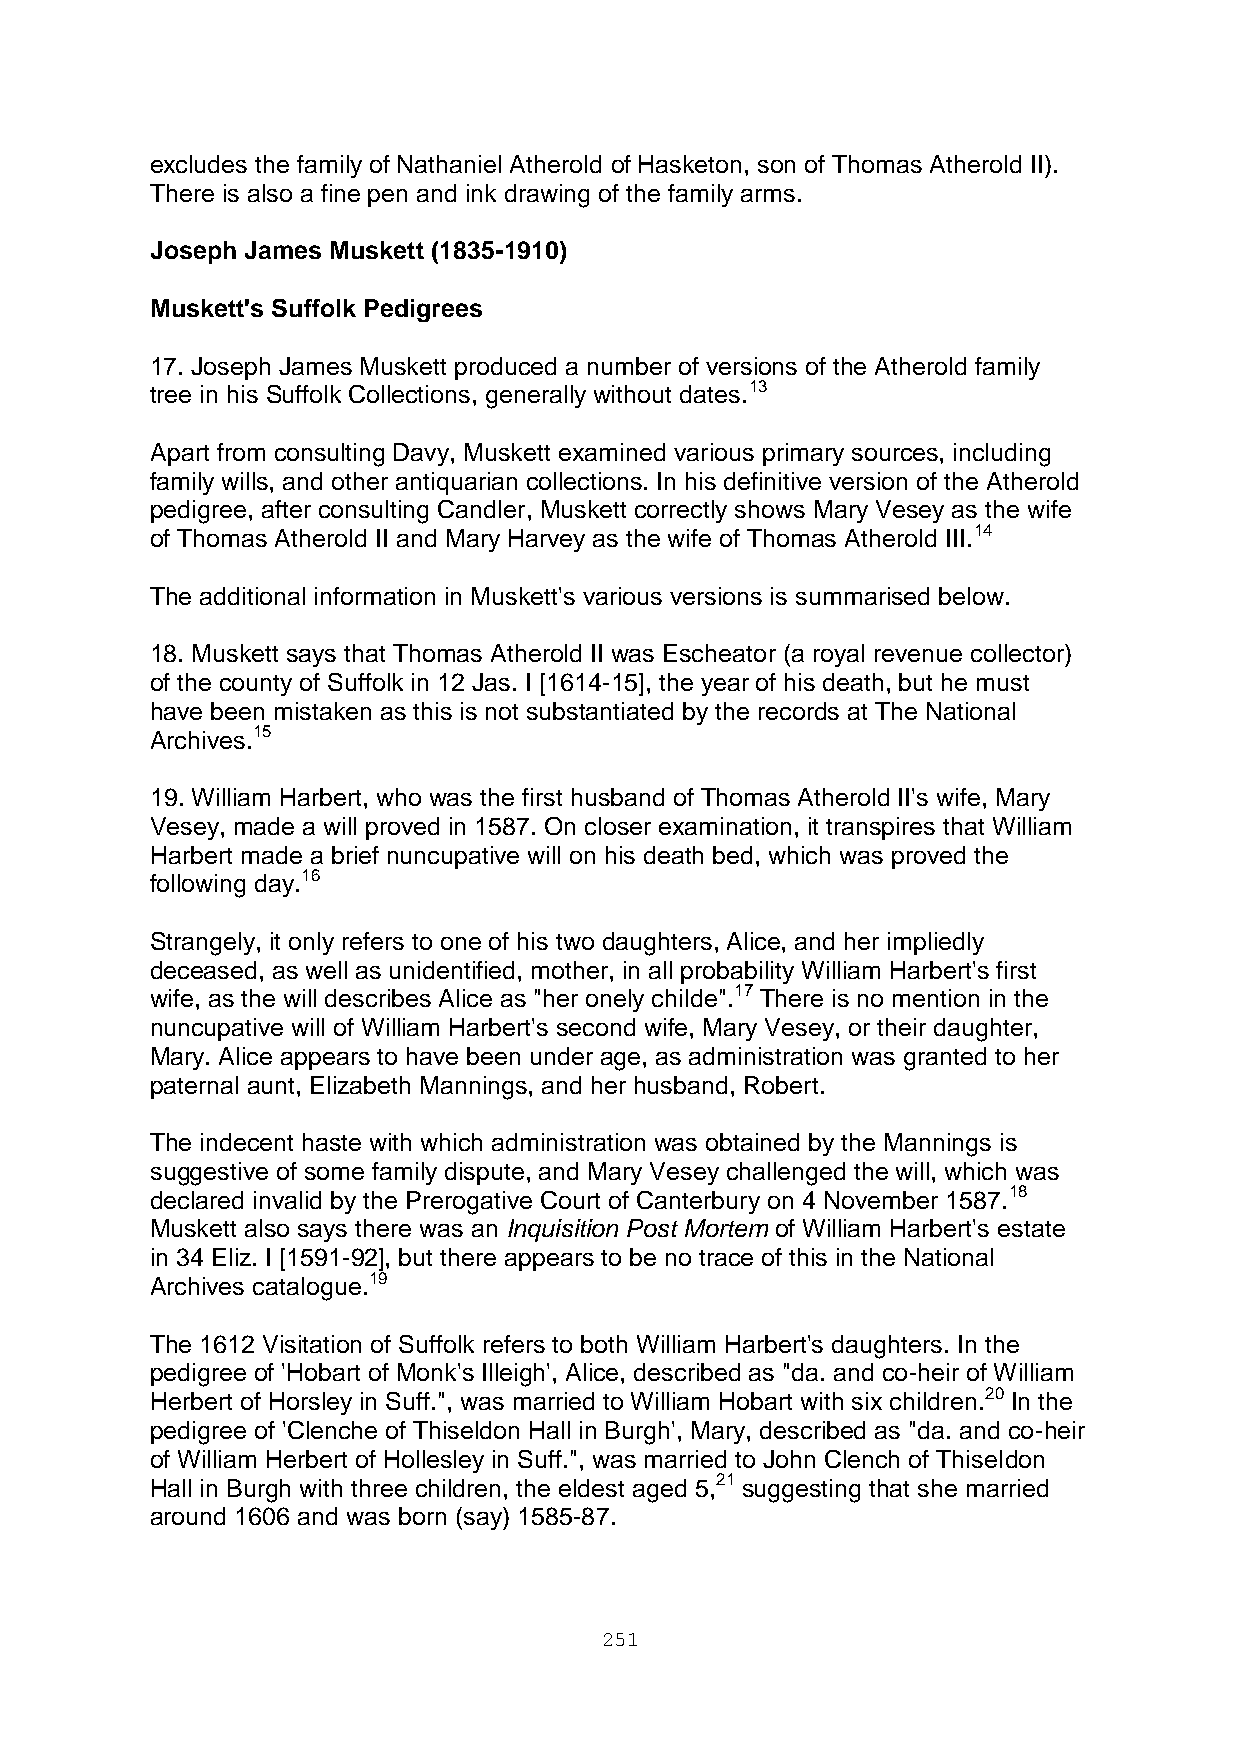
excludes the family of Nathaniel Atherold of Hasketon, son of Thomas Atherold II).
 There is also a fine pen and ink drawing of the family arms.
 Joseph James Muskett (1835-1910)
 Muskett's Suffolk Pedigrees
 17. Joseph James Muskett produced a number of versions of the Atherold family
 tree in his Suffolk Collections, generally without dates.13
 Apart from consulting Davy, Muskett examined various primary sources, including
 family wills, and other antiquarian collections. In his definitive version of the Atherold
 pedigree, after consulting Candler, Muskett correctly shows Mary Vesey as the wife
 of Thomas Atherold II and Mary Harvey as the wife of Thomas Atherold III.14
 The additional information in Muskett's various versions is summarised below.
 18. Muskett says that Thomas Atherold II was Escheator (a royal revenue collector)
 of the county of Suffolk in 12 Jas. I [1614-15], the year of his death, but he must
 have been mistaken as this is not substantiated by the records at The National
 Archives.15
 19. William Harbert, who was the first husband of Thomas Atherold II's wife, Mary
 Vesey, made a will proved in 1587. On closer examination, it transpires that William
 Harbert made a brief nuncupative will on his death bed, which was proved the
 following day.16
 Strangely, it only refers to one of his two daughters, Alice, and her impliedly
 deceased, as well as unidentified, mother, in all probability William Harbert's first
 wife, as the will describes Alice as "her onely childe".17 There is no mention in the
 nuncupative will of William Harbert's second wife, Mary Vesey, or their daughter,
 Mary. Alice appears to have been under age, as administration was granted to her
 paternal aunt, Elizabeth Mannings, and her husband, Robert.
 The indecent haste with which administration was obtained by the Mannings is
 suggestive of some family dispute, and Mary Vesey challenged the will, which was
 declared invalid by the Prerogative Court of Canterbury on 4 November 1587.18
 Muskett also says there was an Inquisition Post Mortem of William Harbert's estate
 in 34 Eliz. I [1591-92], but there appears to be no trace of this in the National
 Archives catalogue.19
 The 1612 Visitation of Suffolk refers to both William Harbert's daughters. In the
 pedigree of 'Hobart of Monk's Illeigh', Alice, described as "da. and co-heir of William
 Herbert of Horsley in Suff.", was married to William Hobart with six children.20 In the
 pedigree of 'Clenche of Thiseldon Hall in Burgh', Mary, described as "da. and co-heir
 of William Herbert of Hollesley in Suff.", was married to John Clench of Thiseldon
 Hall in Burgh with three children, the eldest aged 5,21 suggesting that she married
 around 1606 and was born (say) 1585-87.
 251